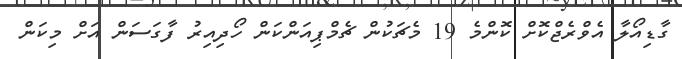
ގާޑިއޯލާ އެވްރެޖްކޮށް ކޮންމެ 19 މެޗަކުން ޗެމްޕިއަންކަން ހޯދިއިރު ފާގަސަން އަށް މިކަން